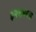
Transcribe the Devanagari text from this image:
३२६च्या